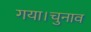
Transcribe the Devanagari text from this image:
गया।चुनाव